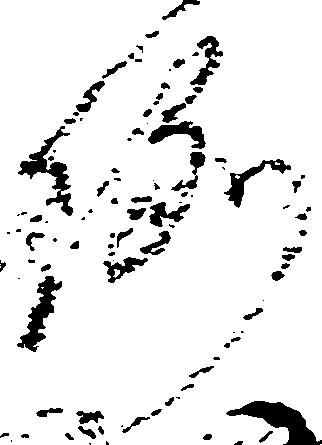
例